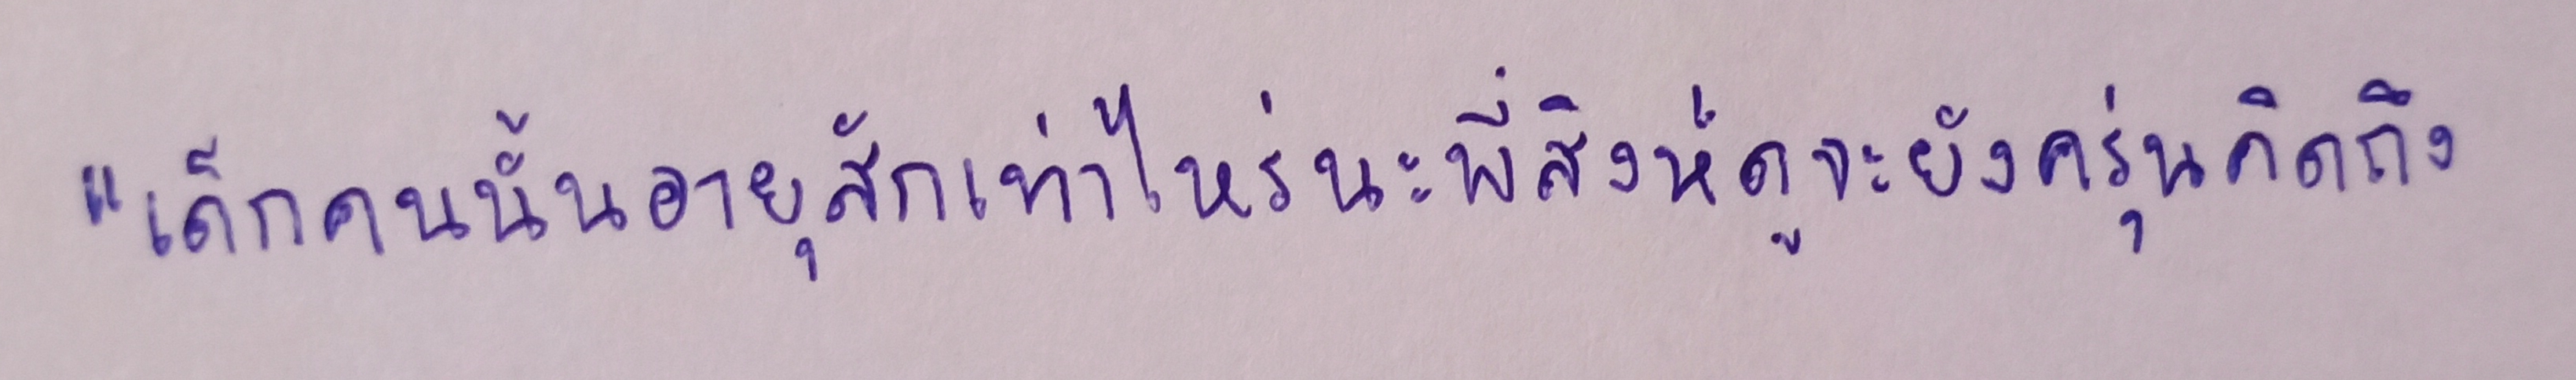
"เด็กคนนั้นอายุสักเท่าไหร่นะพี่สิงห์ดูจะยังครุ่นคิดถึง